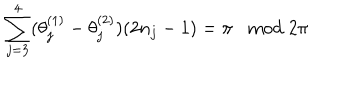
\sum _ { j = 3 } ^ { 4 } ( \theta _ { j } ^ { ( 1 ) } - \theta _ { j } ^ { ( 2 ) } ) ( 2 n _ { j } - 1 ) = \pi \; \; \bmod 2 \pi